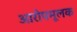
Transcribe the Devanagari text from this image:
आरोपमूलक